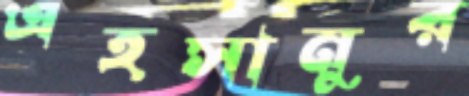
এহসানুর